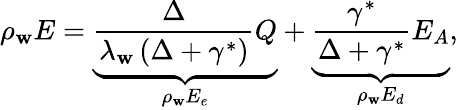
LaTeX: \rho_{\mathbf{w}}E=\underbrace{{\frac{{\Delta}}{{\lambda_{\mathbf{w}}\left(\Delta+\gamma^{*}\right)}}Q}}_{\rho_{\mathbf{w}}E_{e}}+\underbrace{{\frac{{\gamma^{*}}}{{\Delta+\gamma^{*}}}E_{A}}}_{\rho_{\mathbf{w}}E_{d}},